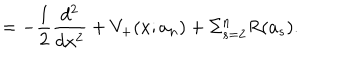
= - \frac { 1 } { 2 } \frac { d ^ { 2 } } { d x ^ { 2 } } + V _ { + } ( x ; a _ { n } ) + \Sigma _ { s = 2 } ^ { n } R ( a _ { s } ) .